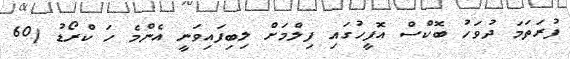
ފުރަތަމަ ދުވަހު ބޮކްސް އޮފީހުގައި ފިލްމަށް ލިބިފައިވަނީ އެންމެ ހަ ކްރޯޑު (60